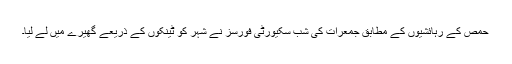
حمص کے رہائشیوں کے مطابق جمعرات کی شب سکیورٹی فورسز نے شہر کو ٹینکوں کے ذریعے گھیرے میں لے لیا۔